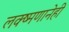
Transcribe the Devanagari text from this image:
लक्ष्मणानेही